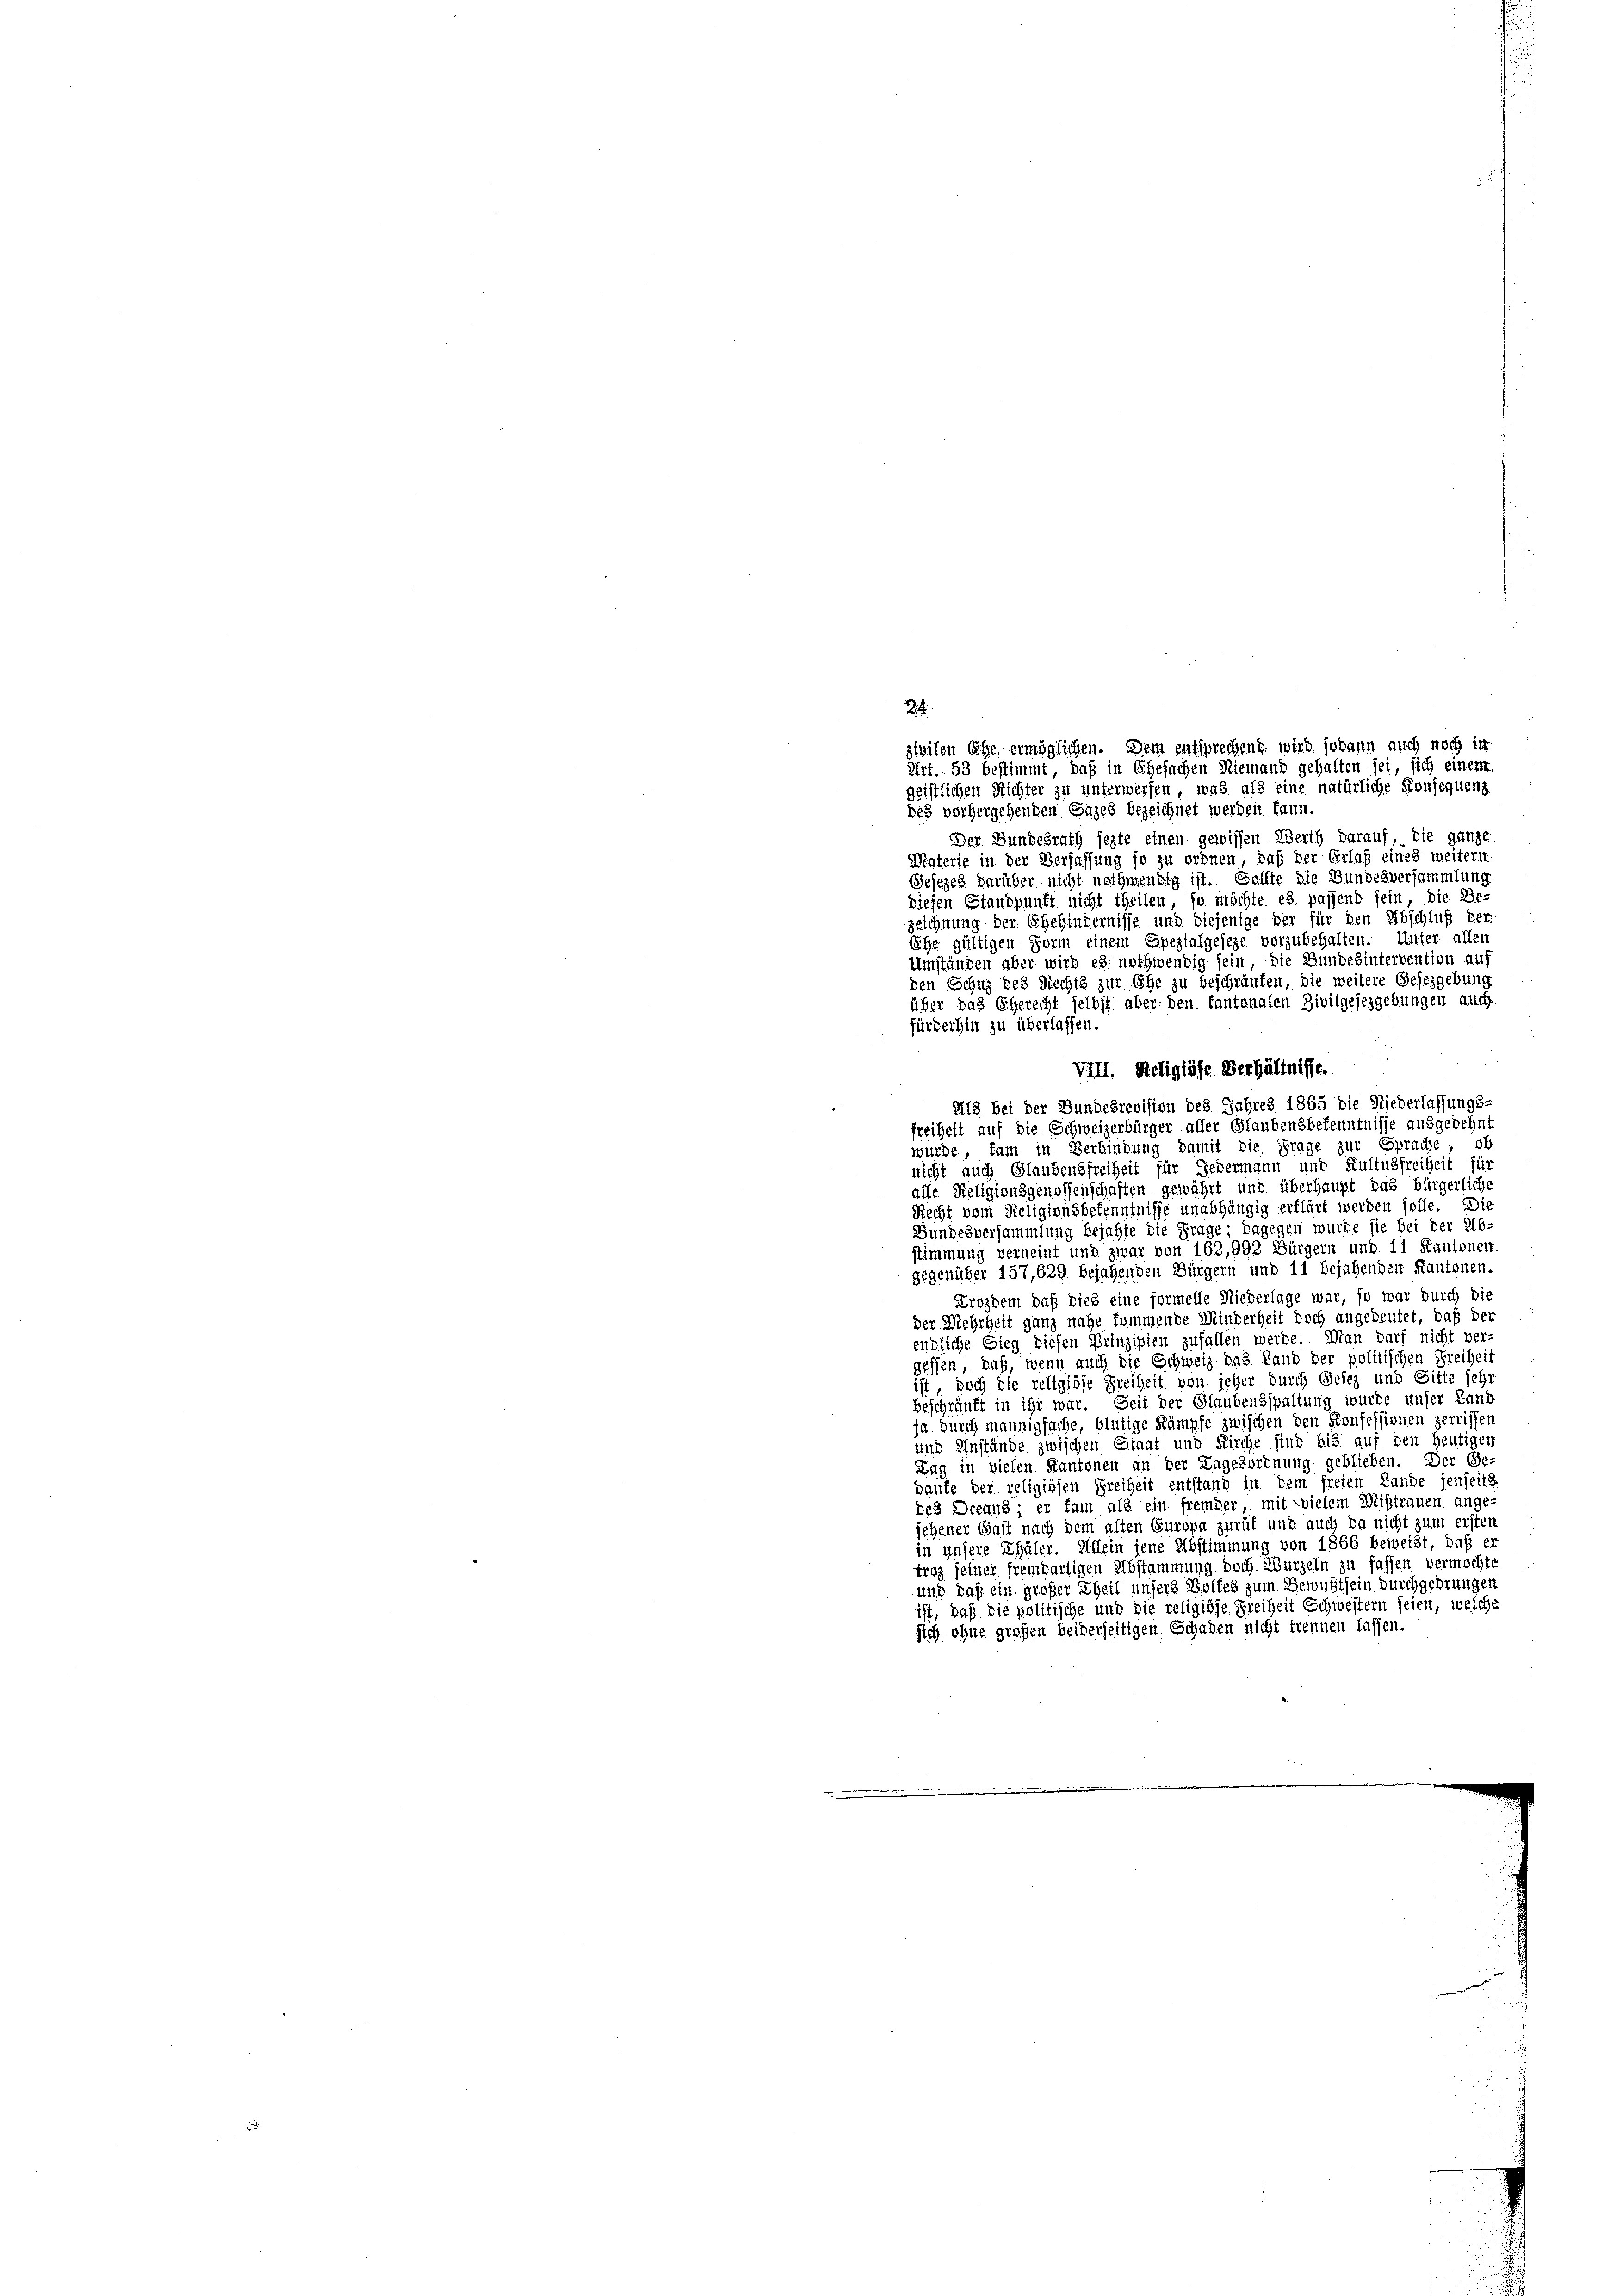
zivilen Ehe ermöglichen. Dem entsprechend, wird sodann auch noch in
Art. 53 bestimmt, daß in Ehesachen Niemand gehalten sei, sich einem
geistlichen Richter zu unterwerfen, was als eine natürliche Konsequenz
des vorhergehenden Gazes bezeichnet werden kann.
Der Bundesrath jezte einen gewissen Werth darauf, die ganze
Materie in der Verfassung ja zu ordnen, daß der Erlaß eines weitern
Gesezes darüber nicht nothwendig ist. Sollte die Bundesversammlung
diesen Standpunft nicht theilen, so möchte es. passend sein die Be-
zeichnung der Ehehindernisse und diejenige der für den Abschluß der
Ehe gültigen Form einem Spezialgeseze vorzubehalten. Unter allen
Umständen aber wird es nothwendig sein, die Bundesintervention auf
den Schuz des Rechts zur Ehe zu beschränken, die weitere Gesezgebung
über das Eherecht selbst: aber den fantonalen Zivilgesezgebungen auch
fürderhin zu überlassen.
VIII. Religiöse Verhältnisse.
218 bei der Bundesrevision des Jahres 1865 die Niederlassungs-
freiheit auf die Schweizerbürger aller Glaubensbekenntnisse ausgedehnt
wurde, kam in Verbindung damit die Frage zur Sprache; ob
nicht auch Glaubensfreiheit für Gedermann und Kultusfreiheit für
alle Religionsgenossenschaften gewährt und überhaupt das bürgerliche
Recht vom Religionsbekenntnisse unabhängig erklärt werden solle. Die
Bundesversammlung bejahte die Frage; dagegen wurde sie bei der Ab-
stimmung verneint und zwar von 162,992 Bürgern und 11 Kantonen
gegenüber 157,629 bejahenden Bürgern und 11 bejahenden Kantonen.
Erozdem daß dies eine formelle Niederlage war, so war durch die
der Mehrheit ganz nahe kommende Minderheit doch angedeutet, daß der
endliche Sieg diesen Prinzipien zufallen werde. Man darf nicht ver-
gessen, daß, wenn auch die Schweiz das Land der politischen Freiheit
ist, doch die religiöse Freiheit von jeher durch Gesez und Gitte sehr
beschränkt in ihr war. Seit der Glaubensspaltung wurde unser Land
ja durch mannigfache, blütige Stämpfe zwischen den Konfessionen zerrissen
und Anstände zwischen Staat und Kirche sind bis auf den heutigen
Lag in vielen Kantonen an der Lagesordnung geblieben. Der Ge-
Baufe der religiösen Freiheit entstand in dem freien Lande jenseits
des Dceand; er fam als ein fremder mit vielem Mißtrauen ange-
sehener Gast nach dem alten Europa zurük und auch da nicht zum ersten
in unsere Thäler. Allein jene Abstimmung von 1866 beweist, daß er
trag seiner fremdartigen Abstammung doch Wurzeln zu fassen vermocht
und daß ein großer Theil unsers Boltes zum Bewußtsein durchgehrungen
ist, daß die politische und die religiöse Freiheit Schwestern seien, welche
sich, ohne großen beiderseitigen Schaden nicht trennen lassen.

24.